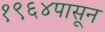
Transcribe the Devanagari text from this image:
१९६४पासून